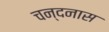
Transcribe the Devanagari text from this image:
चन्दनास